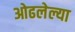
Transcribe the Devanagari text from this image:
ओढलेल्या